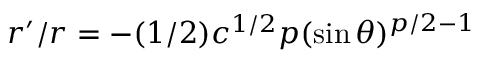
r ^ { \prime } / r = - ( 1 / 2 ) c ^ { 1 / 2 } p ( \sin \theta ) ^ { p / 2 - 1 }